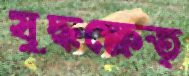
যুদ্ধক্ষেত্